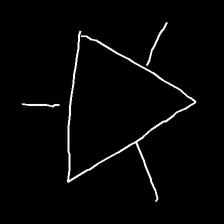
Glyph: fire